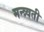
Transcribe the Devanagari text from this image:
मन्त्र्वती